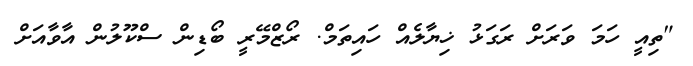
"ތިއީ ހަމަ ވަރަށް ރަގަޅު ޚިޔާލެއް ހައިތަމް. ރޯޒްމޭރީ ބޯޑިން ސްކޫލުން އާވާއަށް